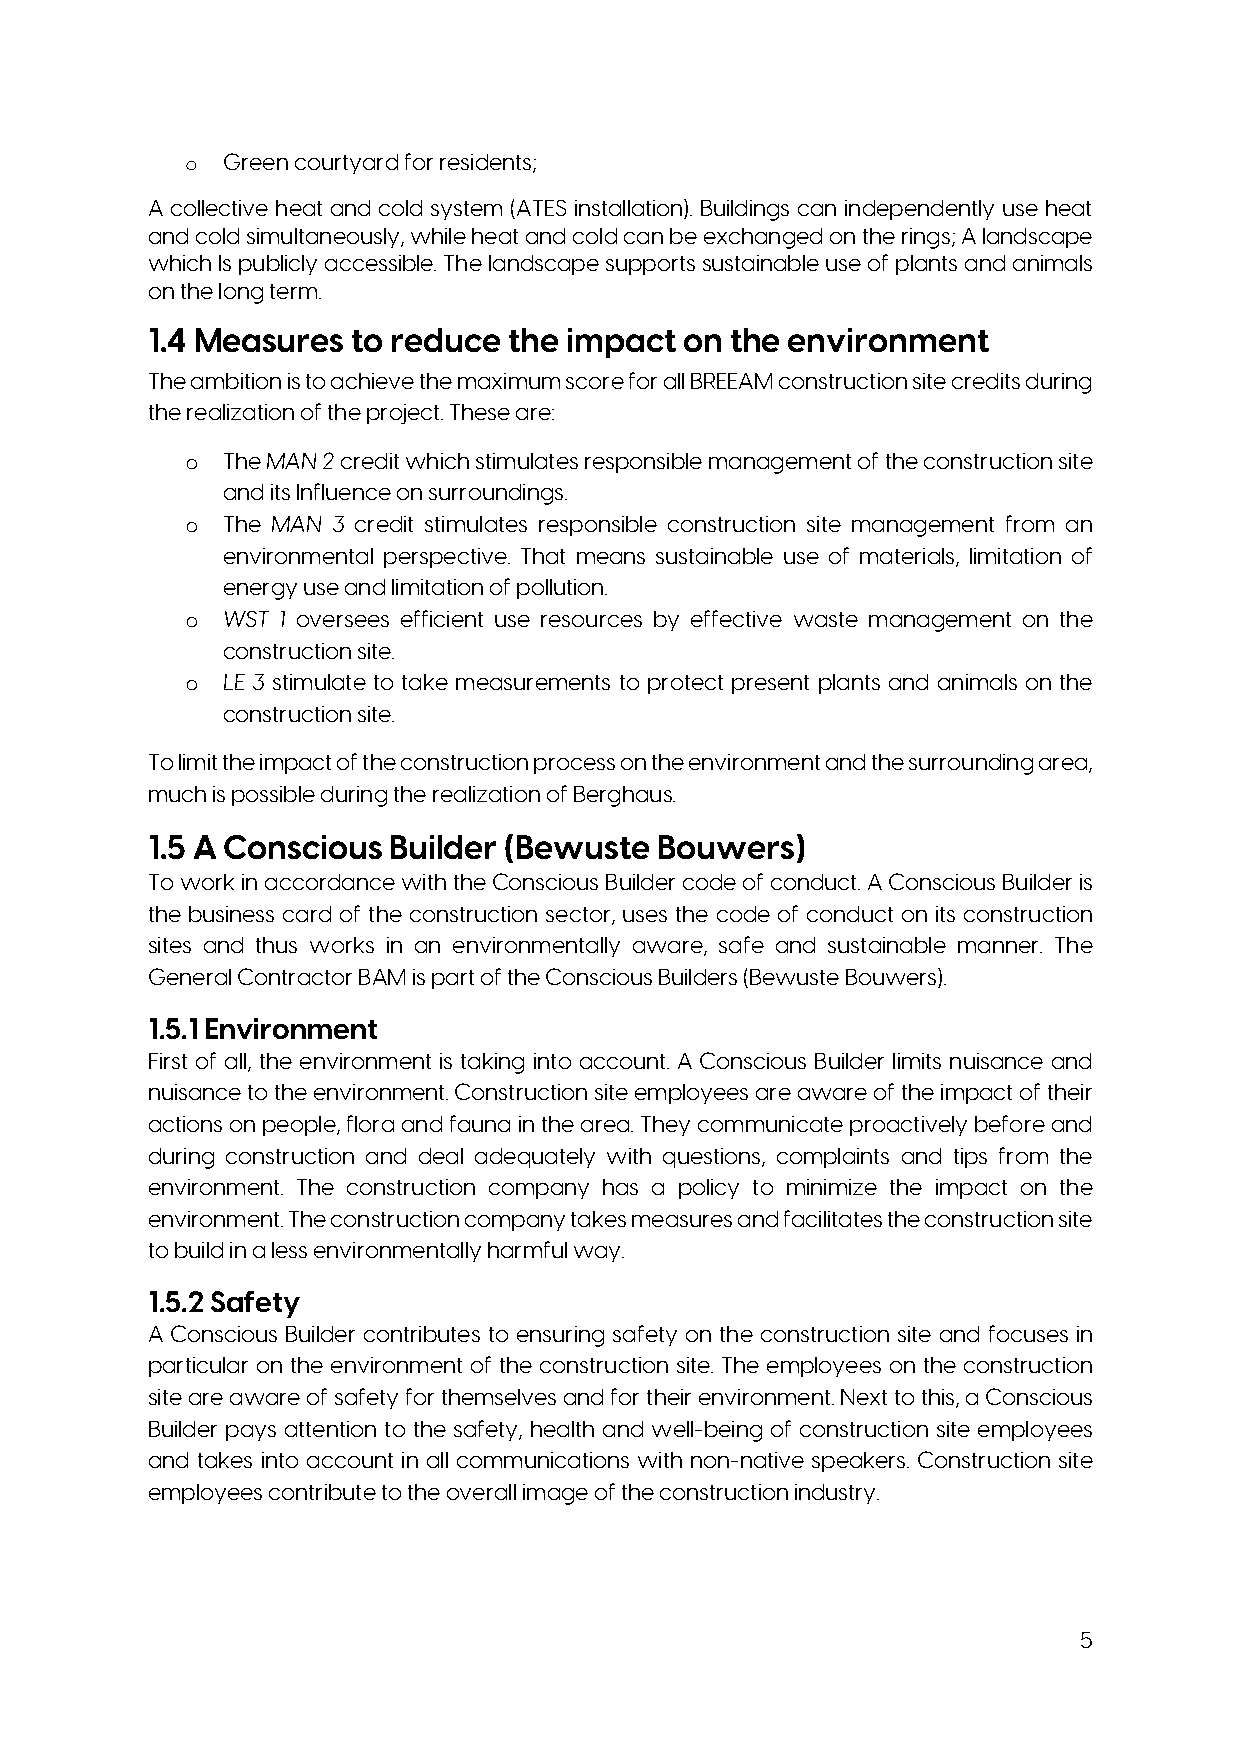
o  Green courtyard for residents;
 A collective heat and cold system (ATES installation). Buildings can independently use heat
 and cold simultaneously, while heat and cold can be exchanged on the rings; A landscape
 which Is publicly accessible. The landscape supports sustainable use of plants and animals
 on the long term.
 1.4 Measures to reduce  the impact on the environment
 The ambition is to achieve the maximum score for all BREEAM construction site credits during
 the realization of the project. These are:
 o  The MAN 2 credit which stimulates responsible management of the construction site
 and its Influence on surroundings.
 o  The MAN 3 credit stimulates responsible construction site management from an
 environmental perspective. That means sustainable use of materials, limitation of
 energy use and limitation of pollution.
 o  WST 1 oversees efficient use resources by effective waste management on the
 construction site.
 o  LE 3 stimulate to take measurements to protect present plants and animals on the
 construction site.
 To limit the impact of the construction process on the environment and the surrounding area,
 much is possible during the realization of Berghaus.
 1.5 A Conscious Builder (Bewuste  Bouwers)
 To work in accordance with the Conscious Builder code of conduct. A Conscious Builder is
 the business card of the construction sector, uses the code of conduct on its construction
 sites and thus works in an environmentally aware, safe and sustainable manner. The
 General Contractor BAM is part of the Conscious Builders (Bewuste Bouwers).
 1.5.1 Environment
 First of all, the environment is taking into account. A Conscious Builder limits nuisance and
 nuisance to the environment. Construction site employees are aware of the impact of their
 actions on people, flora and fauna in the area. They communicate proactively before and
 during construction and deal adequately with questions, complaints and tips from the
 environment. The construction company has a policy to minimize the impact on the
 environment. The construction company takes measures and facilitates the construction site
 to build in a less environmentally harmful way.
 1.5.2 Safety
 A Conscious Builder contributes to ensuring safety on the construction site and focuses in
 particular on the environment of the construction site. The employees on the construction
 site are aware of safety for themselves and for their environment. Next to this, a Conscious
 Builder pays attention to the safety, health and well-being of construction site employees
 and takes into account in all communications with non-native speakers. Construction site
 employees contribute to the overall image of the construction industry.
 5